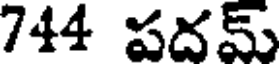
744 పదమ్